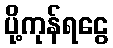
ပို့ကုန်ရငွေ